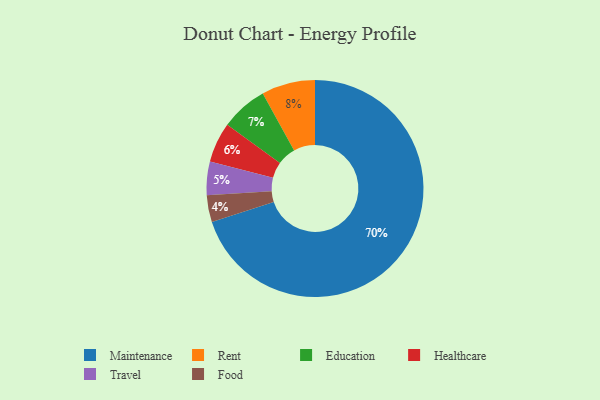
{"axis": {"x": "Category", "y": "Percentage"}, "legend": ["Education", "Food", "Healthcare", "Maintenance", "Rent", "Travel"], "data": [{"x": "Travel", "y": 5, "type": "Travel"}, {"x": "Healthcare", "y": 6, "type": "Healthcare"}, {"x": "Maintenance", "y": 70, "type": "Maintenance"}, {"x": "Food", "y": 4, "type": "Food"}, {"x": "Education", "y": 7, "type": "Education"}, {"x": "Rent", "y": 8, "type": "Rent"}]}